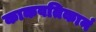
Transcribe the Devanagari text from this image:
काकवतिकानं